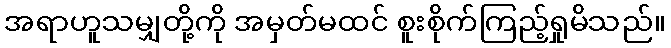
အရာဟူသမျှတို့ကို အမှတ်မထင် စူးစိုက်ကြည့်ရှုမိသည်။